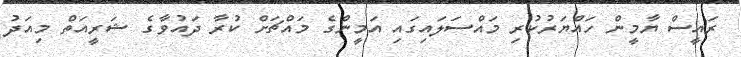
ރައީސް ޔާމީން ހައްޔަރުކުރި މައްސަލައިގައި އަމީންގެ މައްޗަށް ކުރާ ދައުވާގެ ޝަރީއަތް މިއަދު